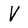
Character: V